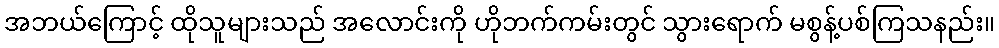
အဘယ်ကြောင့် ထိုသူများသည် အလောင်းကို ဟိုဘက်ကမ်းတွင် သွားရောက် မစွန့်ပစ်ကြသနည်း။